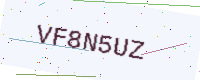
Text: VF8N5UZ